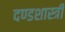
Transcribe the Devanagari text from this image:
दण्डशास्त्री